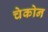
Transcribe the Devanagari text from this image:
चेकोन